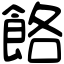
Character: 餎